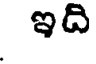
ఇది